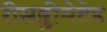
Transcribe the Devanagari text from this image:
रीसब्लीमेटेड